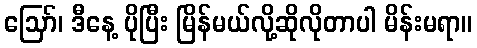
ဪ၊ ဒီနေ့ ပိုပြီး မြိန်မယ်လို့ဆိုလိုတာပါ မိန်းမရာ။